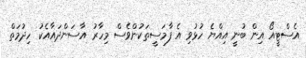
އެސްޓީއޯ އިން ބުނީ އިއްޔެ ހުޅުވި އެ ފާމަސީތަކުންވެސް މިހާރު އާސަންދައާއެކު ހިދުމަތް